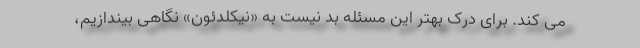
می کند. برای درک بهتر این مسئله بد نیست به «نیکلدئون» نگاهی بیندازیم،